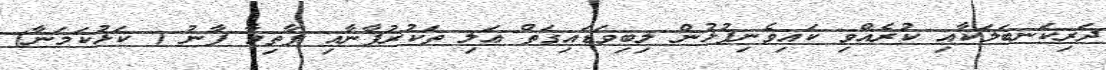
ދަރިކަނބަލަކާއި ކުރެއްވި ކައިވެނިފުޅުން ލިބިވަޑައިގަތް ޢަލި ތަކުރުފާނާއި ފާތިމާ ފާނު ( ކަޅުކަމަނާ)